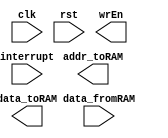
module VerySimpleCPU(clk, rst, data_fromRAM, wrEn, addr_toRAM, data_toRAM, interrupt);

parameter SIZE = 14;

input clk, rst;
input interrupt;
input [31:0] data_fromRAM;
output reg wrEn;
output reg [SIZE-1:0] addr_toRAM;
output reg [31:0] data_toRAM;

endmodule